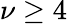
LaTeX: \nu\geq 4